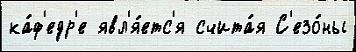
ка́ф'едр'е явл'я́етс'я счита́я С'езо́ны